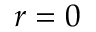
r = 0